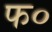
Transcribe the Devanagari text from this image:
फ०